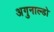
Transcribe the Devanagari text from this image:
अगुनाल्डो